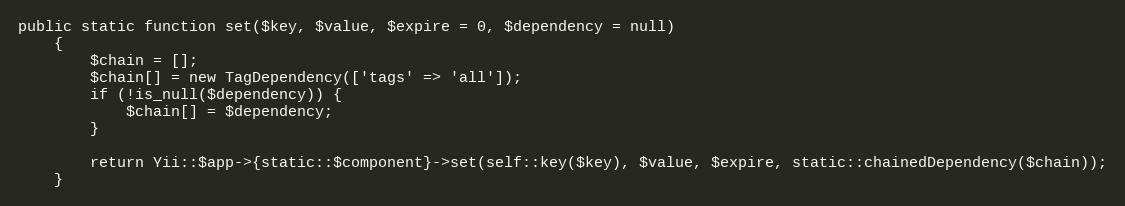
Language: PHP
public static function set($key, $value, $expire = 0, $dependency = null)
    {
        $chain = [];
        $chain[] = new TagDependency(['tags' => 'all']);
        if (!is_null($dependency)) {
            $chain[] = $dependency;
        }

        return Yii::$app->{static::$component}->set(self::key($key), $value, $expire, static::chainedDependency($chain));
    }